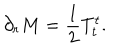
\partial _ { r } M = { \frac { 1 } { 2 } } T _ { t } ^ { t } .